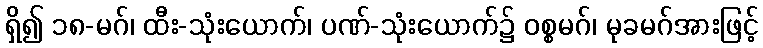
ရှိ၍ ၁၈-မဂ်၊ ထီး-သုံးယောက်၊ ပဏ်-သုံးယောက်၌ ဝစ္စမဂ်၊ မုခမဂ်အားဖြင့်